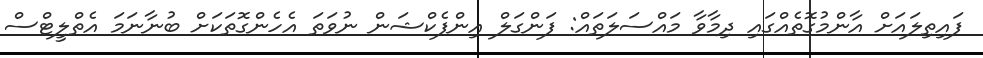
ފައިތިލައަށް އާންމުގޮތެއްގައި ދިމާވާ މައްސަލަތައް: ފަންގަލް އިންފެކްޝަން ނުވަތަ އެހެންގޮތަކަށް ބުނާނަމަ އެތްލީޓްސް